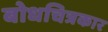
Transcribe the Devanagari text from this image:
बोधचित्रकार